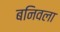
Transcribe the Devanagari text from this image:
बनिवला